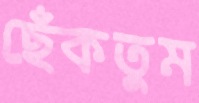
ছেঁকতুম